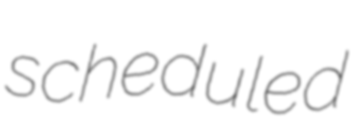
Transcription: scheduled